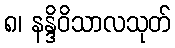
၈၊ နန္ဒိဝိသာလသုတ်